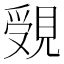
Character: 𧡓